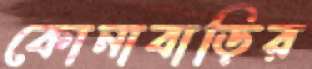
কোনাবাড়ির